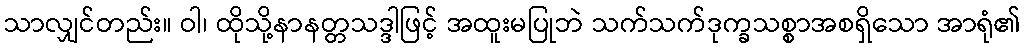
သာလျှင်တည်း။ ဝါ၊ ထိုသို့နာနတ္တသဒ္ဒါဖြင့် အထူးမပြုဘဲ သက်သက်ဒုက္ခသစ္စာအစရှိသော အာရုံ၏